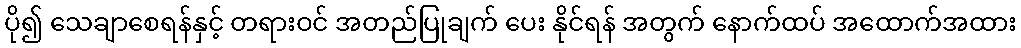
ပို၍ သေချာစေရန်နှင့် တရားဝင် အတည်ပြုချက် ပေး နိုင်ရန် အတွက် နောက်ထပ် အထောက်အထား